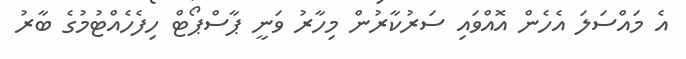
އެ މައްސަލަ އެހެން އޮއްވައި ސަރުކާރުން މިހާރު ވަނީ ޕާސްޕޯޓް ހިފެހެއްޓުމުގެ ބާރު